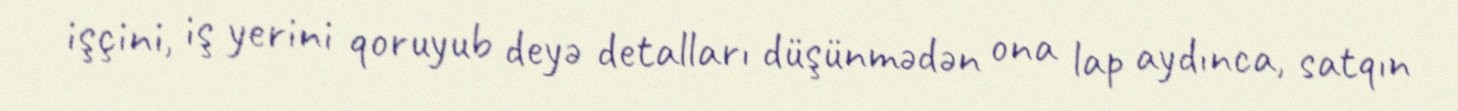
işçini, iş yerini qoruyub deyə detalları düşünmədən ona lap aydınca, satqın